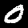
Label: 0